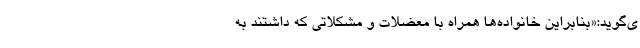
ی‌گوید:«بنابراین خانواده‌ها همراه با معضلات و مشکلاتی که داشتند به